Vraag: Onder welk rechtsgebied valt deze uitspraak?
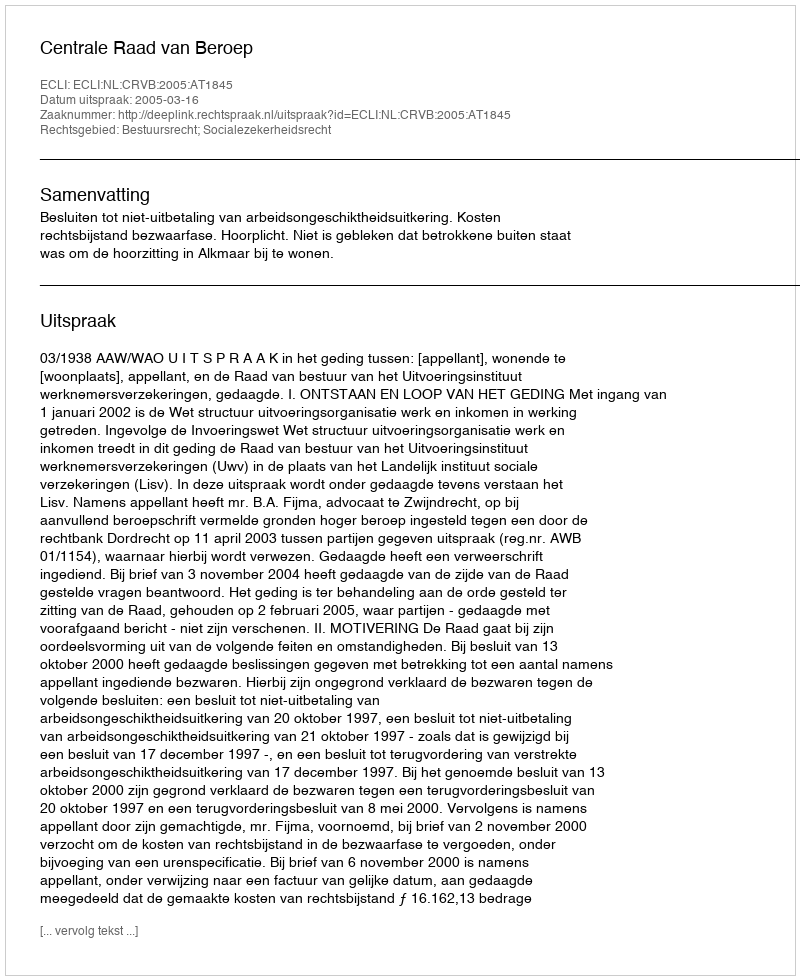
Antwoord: Bestuursrecht; Socialezekerheidsrecht